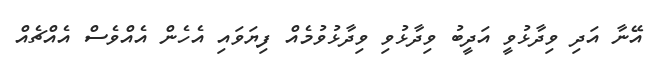
އޭނާ އަދި ވިދާޅުވީ އަދީބު ވިދާޅުވި ވިދާޅުވުމެއް ފިޔަވައި އެހެން އެއްވެސް އެއްޗެއް